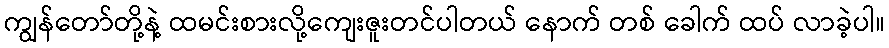
ကျွန်တော်တို့နဲ့ ထမင်းစားလို့ကျေးဇူးတင်ပါတယ် နောက် တစ် ခေါက် ထပ် လာခဲ့ပါ။